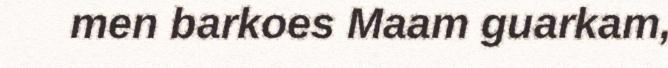
men barkoes Maam guarkam,